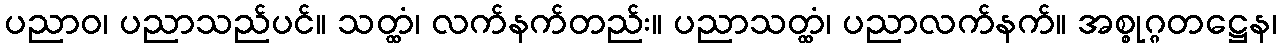
ပညာဝ၊ ပညာသည်ပင်။ သတ္ထံ၊ လက်နက်တည်း။ ပညာသတ္ထံ၊ ပညာလက်နက်။ အစ္စုဂ္ဂတဋ္ဌေန၊